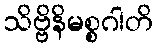
သိဗ္ဗိနိမစ္စဂါတိ